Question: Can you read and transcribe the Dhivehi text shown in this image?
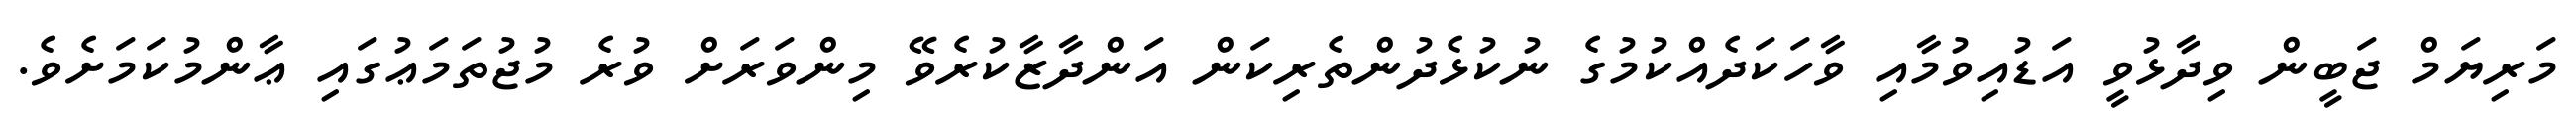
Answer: މަރިޔަމް ޖަބީން ވިދާޅުވީ އަޑުއިވުމާއި ވާހަކަދެއްކުމުގެ ނުކުޅެދުންތެރިކަން އަންދާޒާކުރެވޭ މިންވަރަށް ވުރެ މުޖުތަމަޢުގައި ޢާންމުކަމަށެވެ.